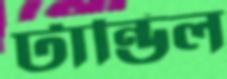
টান্ডিল